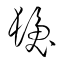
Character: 髪